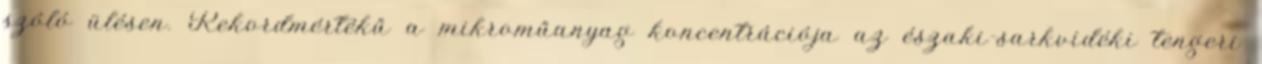
szóló ülésen. Rekordmértékű a mikroműanyag koncentrációja az északi-sarkvidéki tengeri